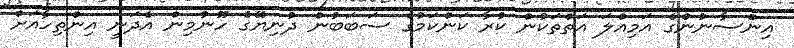
އިންސާނުންގެ އަމިއްލަ އަތްތަކުން ކުރާ ކަންކަމުގެ ސަބަބުން ދުނިޔޭގެ ހޫނުމިން އެދަނީ އިންތިހާއަށް